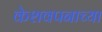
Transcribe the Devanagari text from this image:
केशवपनाच्या